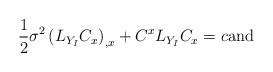
LaTeX: \begin{align*}\frac{1}{2}\sigma ^{2}\left( L_{Y_{I}}C_{x}\right)_{,x}+C^{x}L_{Y_{I}}C_{x}=c \mbox{\rm and} \end{align*}